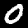
Digit: 0